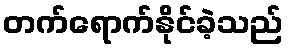
တက်ရောက်နိုင်ခဲ့သည်